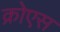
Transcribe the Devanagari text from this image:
क्रोएस